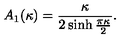
A _ { 1 } ( \kappa ) = \frac { \kappa } { 2 \sinh \frac { \pi \kappa } { 2 } } .